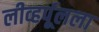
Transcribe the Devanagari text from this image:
लीव्हर्पूलला